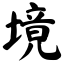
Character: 境